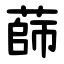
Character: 蒒